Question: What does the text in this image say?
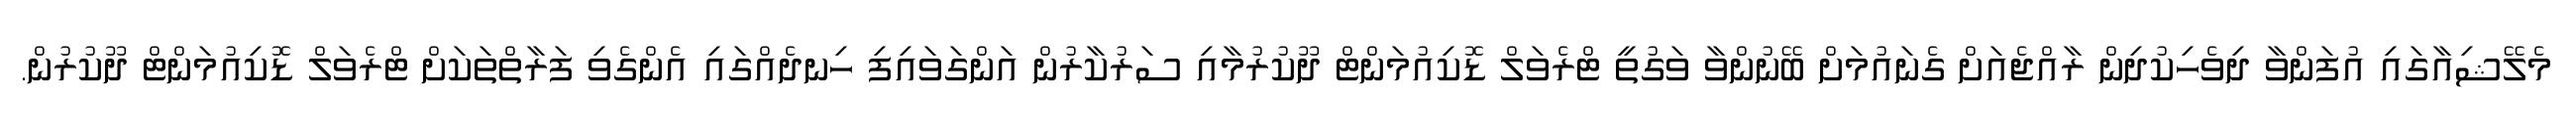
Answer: މެލޭޝިއާގައި އުފަންވާ ދިވެހިކުދިން ރާއްޖެއަށް ގެނައުމަށް ބޭނުންވާ ވަގުތީ ޓްރެވަލް ޑޮކިއުމަންޓް ދޫކުރުމާއި ސަރުކާރުން އަންގަވައިފި ހިނދެއްގައި އެންގެވި ފަރާތްތަކަށް ޓްރެވަލް ޑޮކިއުމަންޓް ދޫކުރުން.